Election expenses, 1928, 1928
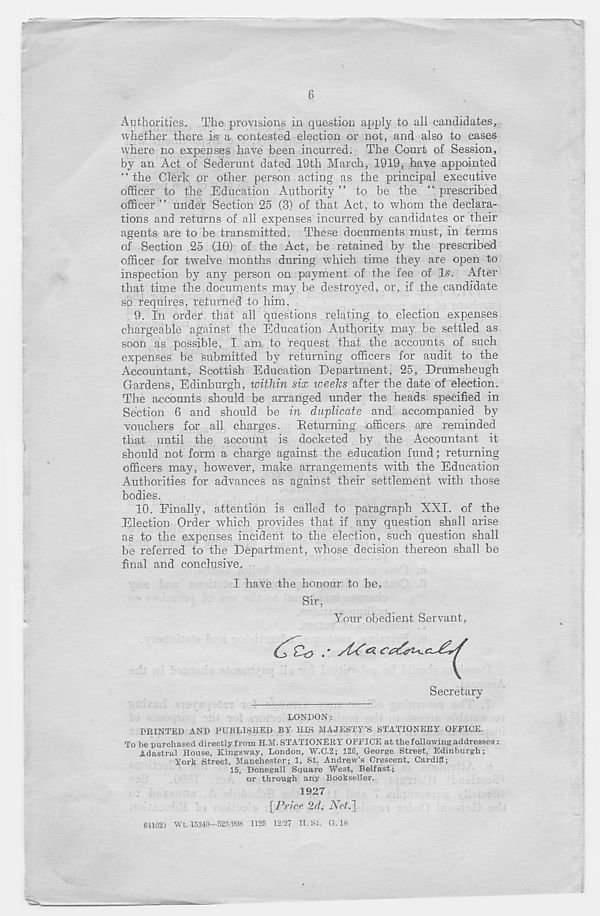
6
Authorities. The provisions in question apply to all candidates,
whether there is a contested election or not, and also to cases
where no expenses have been incurred. The Court of Session,
by an Act of Sederunt dated 19th March, 1919, have appointed
“ the Clerk or other person acting as the principal executive
officer to the Education Authority ” to be the “ prescribed
officer ” under Section 25 (3) of that Act, to whom the declara-
tions and returns of all expenses incurred by candidates or their
agents are to be transmitted. These documents must, in terms
of Section 25 (10) of the Act, be retained by the prescribeid
officer for twelve months during which time they are open to
inspection by any person on payment of the fee of Is. After
that time the documents may be destroyed, or, if the candidate
so requires, returned to him.
9. In order that all questions relating to election expenses
chargeable against the Education Authority may be settled as
soon as possible, I am to request that the accounts of such
expenses be submitted by returning officers for audit to the
Accountant, Scottish Education Department, 25, Drumsheugh
Gardens, Edinburgh, within six weeks after the date of election.
The accounts should be arranged under the heads specified in
Section 6 and should be in duplicate and accompanied by
vouchers for all charges. Returning officers are reminded
that until the account is docketed by the Accountant it
should not form a charge against the education fund; returning
officers may, however, make arrangements with the Education
Authorities for advances as against their settlement with those
bodies.
10. Finally, attention is called to paragraph XXI. of the
Election Order which provides that if any question shall arise
as to the expenses incident to the election, such question shall
be referred to the Department, whose decision thereon shall be
final and conclusive.
I have the honour to be.
Sir,
Your obedient Servant,
Secretary
LONDON:
PRINTED AND PUBLISHED BY HIS MAJESTY'S STATIONERY OFFICE.
To be purchased directly from H.M. STATIONERY OFFICE at the following addresses:
Adastral House, Kingsway, London, W.C.2; 120, George Street, Edinburgh;
York Street, Manchester; 1, St. Andrew’s Crescent, CardifE;
15, Donegall Square West, Belfast;
or through any Bookseller.
1927
\ l y rice 2d. iVrf.]
64102) Wt. 15340—528/998 1125 12/27 H. St. G. 18